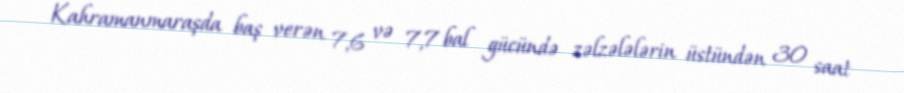
Kahramanmaraşda baş verən 7,6 və 7,7 bal gücündə zəlzələlərin üstündən 30 saat